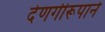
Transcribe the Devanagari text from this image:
देणगीरूपाने